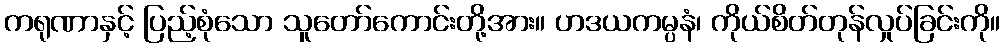
ကရုဏာနှင့် ပြည့်စုံသော သူတော်ကောင်းတို့အား။ ဟဒယကမ္ပနံ၊ ကိုယ်စိတ်တုန်လှုပ်ခြင်းကို။